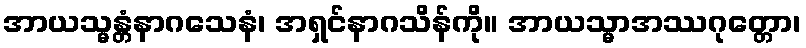
အာယသ္မန္တံနာဂသေနံ၊ အရှင်နာဂသိန်ကို။ အာယသ္မာအဿဂုတ္တော၊